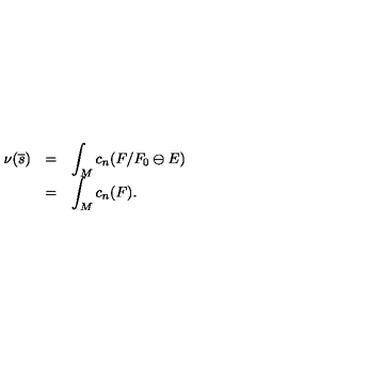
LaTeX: \begin{array} { l l l } { \nu ( \overline { { s } } ) } & { = } & { \displaystyle \int _ { M } c _ { n } ( F / F _ { 0 } \ominus E ) } \\ { } & { = } & { \displaystyle \int _ { M } c _ { n } ( F ) . } \\ \end{array}